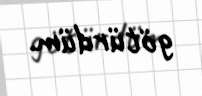
götürdüm.